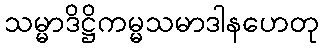
သမ္မာဒိဋ္ဌိကမ္မသမာဒါနဟေတု